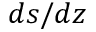
d s / d z